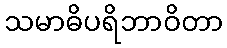
သမာဓိပရိဘာဝိတာ